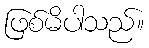
ဖြစ်မိပါသည်။